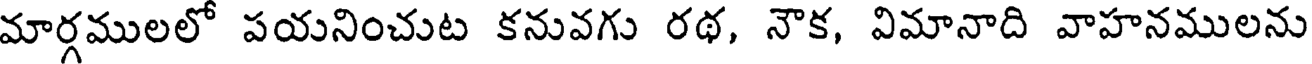
మార్గములలో పయనించుట కనువగు రథ, నౌక, విమానాది వాహనములను